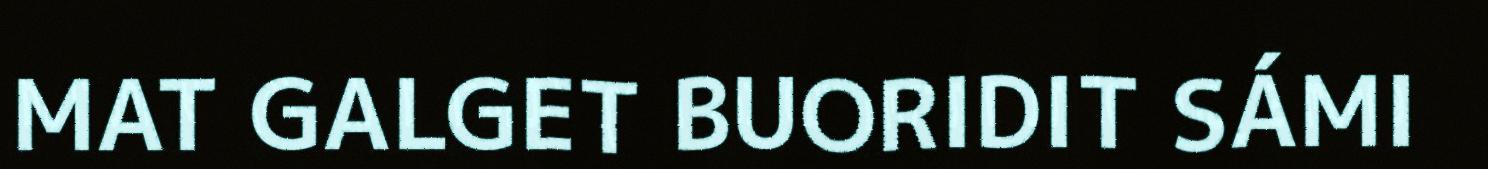
MAT GALGET BUORIDIT SÁMI